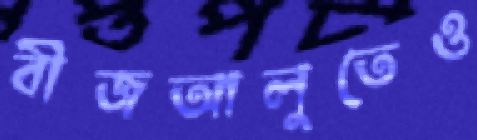
বীজআলুতেও